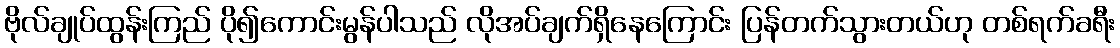
ဗိုလ်ချုပ်ထွန်းကြည် ပို၍ကောင်းမွန်ပါသည် လိုအပ်ချက်ရှိနေကြောင်း ပြန်တက်သွားတယ်ဟု တစ်ရက်ခရီး